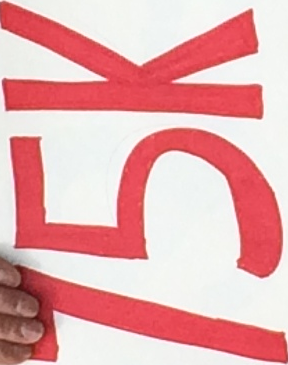
75K